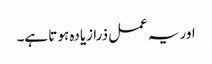
اور یہ عمل ذرا زیادہ ہو تا ہے۔